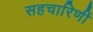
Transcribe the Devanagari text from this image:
सहचारिणीं